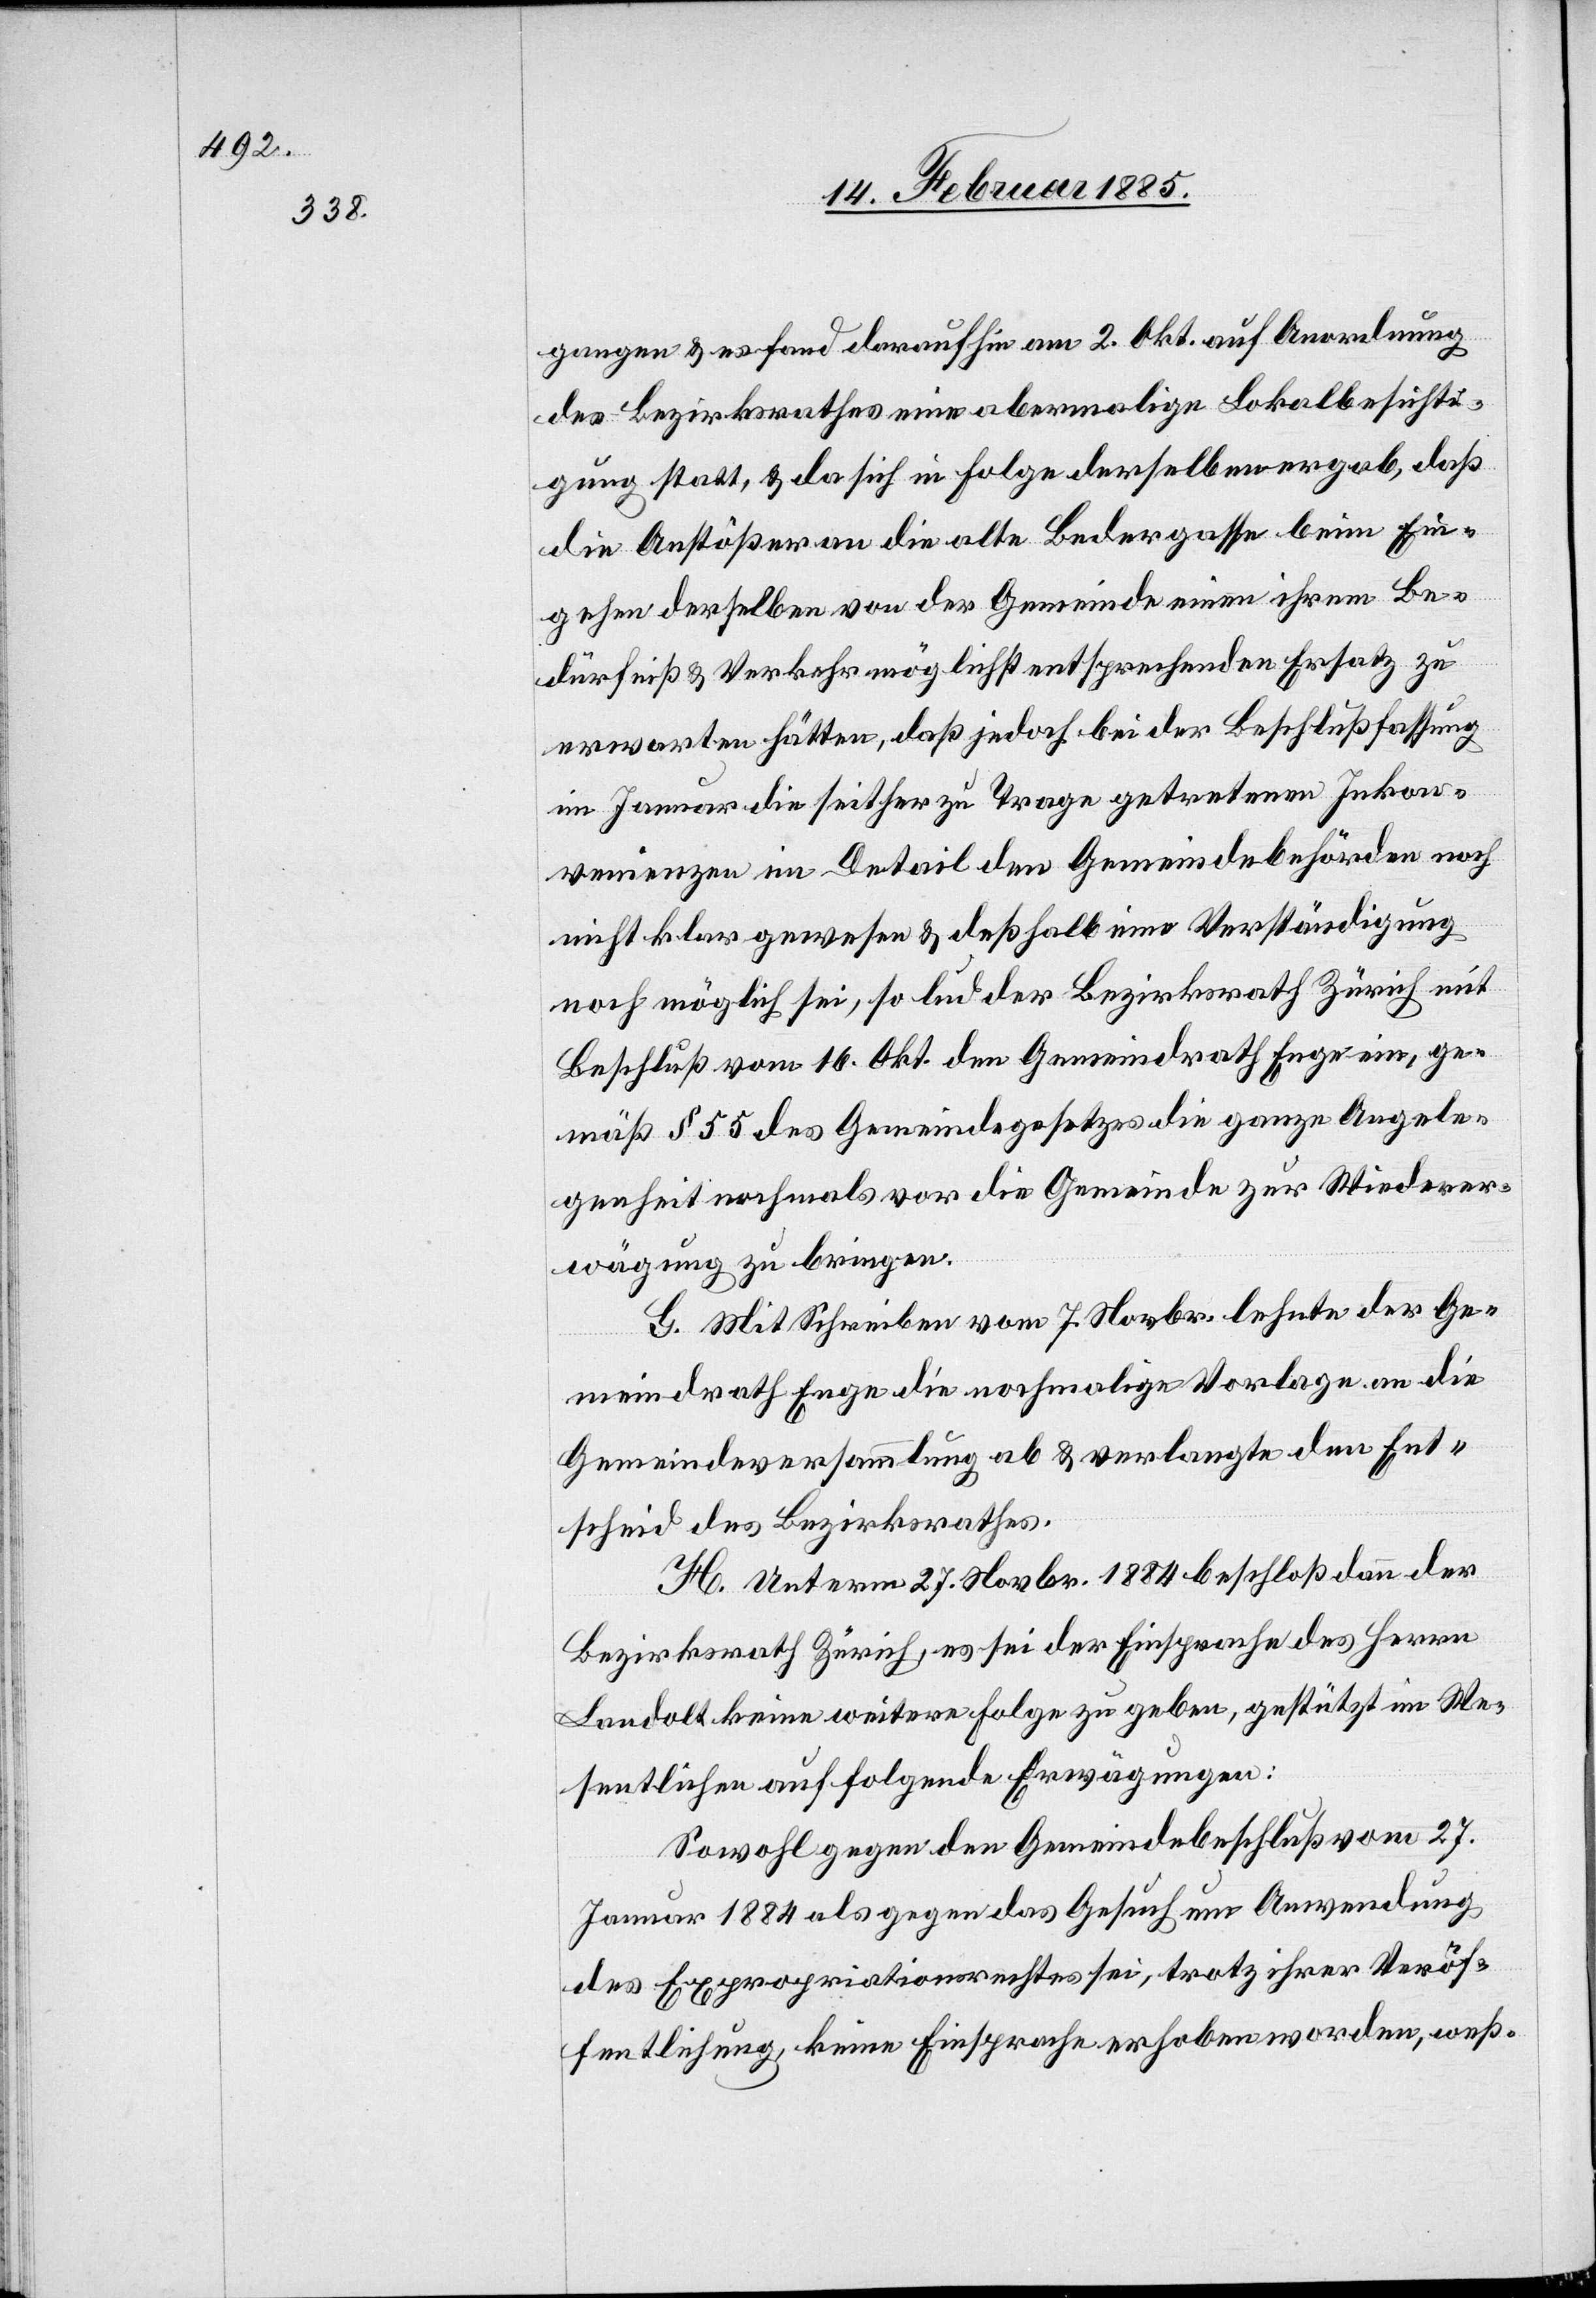
gangen & es fand darauf hin am 2. Okt. auf Anordnung
des Bezirksrathes eine abermalige Lokalbesichti¬
gung statt, & da sich in Folge derselben ergab, daß
die Anstößer an die alte Bedergasse beim Ein¬
gehen derselben von der Gemeinde einen ihrem Be¬
dürfniß & Verkehr möglichst entsprechenden Ersatz zu
erwarten hätten, daß jedoch bei der Beschlußfassung
im Januar die seither zu Trage [sic!] getretenen Inkon¬
venienzen im Detail den Gemeindebehörden noch
nicht klar gewesen & deßhalb eine Verständigung
noch möglich sei, so lud der Bezirksrath Zürich mit
Beschluß vom 16. Okt. den Gemeindrath Enge ein, ge¬
mäß § 55 des Gemeindegesetzes die ganze Angele¬
genheit nochmals vor die Gemeinde zur Wiederer¬
wägung zu bringen.
G. Mit Schreiben vom 7. Novbr. lehnte der Ge¬
meindrath Enge die nochmalige Vorlage an die
Gemeindeversammlung ab & verlangte den Ent¬
scheid des Bezirksrathes.
H. Unterm 27. Novbr. 1884 beschloß dann der
Bezirksrath Zürich, es sei der Einsprache des Herrn
Landolt keine weitere Folge zu geben, gestützt im We¬
sentlichen auf folgende Erwägungen:
Sowohl gegen den Gemeindebeschluß vom 27.
Januar 1884 als gegen das Gesuch um Anwendung
des Expropriationsrechtes sei, trotz ihrer Veröf¬
fentlichung keine Einsprache erhoben worden, weß-